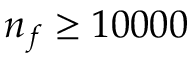
n _ { f } \ge 1 0 0 0 0